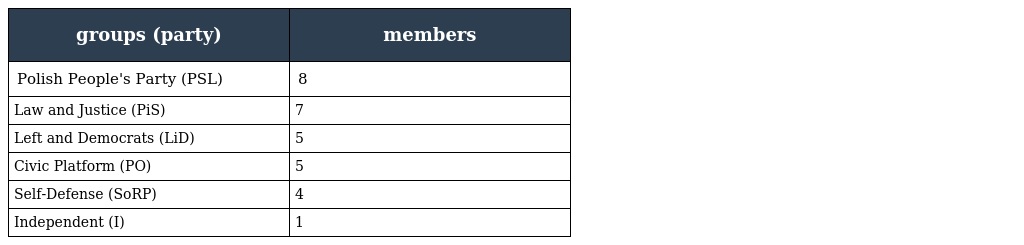
| groups (party) | members |
 | --- | --- |
 | Polish People's Party (PSL) | 8 |
 | Law and Justice (PiS) | 7 |
 | Left and Democrats (LiD) | 5 |
 | Civic Platform (PO) | 5 |
 | Self-Defense (SoRP) | 4 |
 | Independent (I) | 1 |